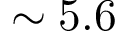
\sim 5 . 6